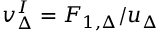
\begin{array} { r } { v _ { \Delta } ^ { I } = F _ { 1 , \Delta } / u _ { \Delta } } \end{array}